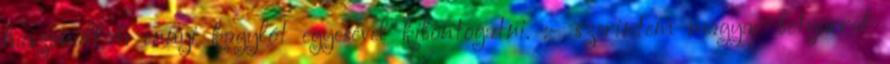
haszonállat: ennyi kagylót egyesével kibontogatni. :- szerintem magyar betyárral